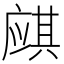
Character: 𱝌